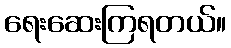
ရေးဆေးကြရတယ်။